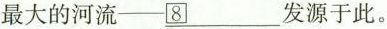
最大的河流--____________发源于此。